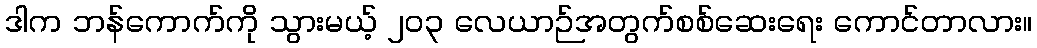
ဒါက ဘန်ကောက်ကို သွားမယ့် ၂၀၃ လေယာဉ်အတွက်စစ်ဆေးရေး ကောင်တာလား။